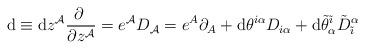
LaTeX: \begin{align*}{\rm d}\equiv {\rm d}z^{{\cal A}}\frac{\partial~}{\partial z^{{\cal A}}}=e^{{\cal A}}D_{{\cal A}}=e^{A}\partial_{A}+{\rm d}\theta^{i\alpha}D_{i\alpha}+{\rm d}\tilde{\theta}^{\tilde{\imath}}_{\alpha}{\tilde{D}}^{\alpha}_{\tilde{\imath}}\end{align*}